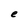
Character: e